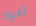
أفراد